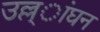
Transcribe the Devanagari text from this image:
उल्ल्ांघन